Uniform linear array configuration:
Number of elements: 24
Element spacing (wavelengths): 0.5
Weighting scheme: exponential
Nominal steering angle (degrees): -30
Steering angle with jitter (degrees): -31.44
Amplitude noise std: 0.05
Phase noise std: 0.05

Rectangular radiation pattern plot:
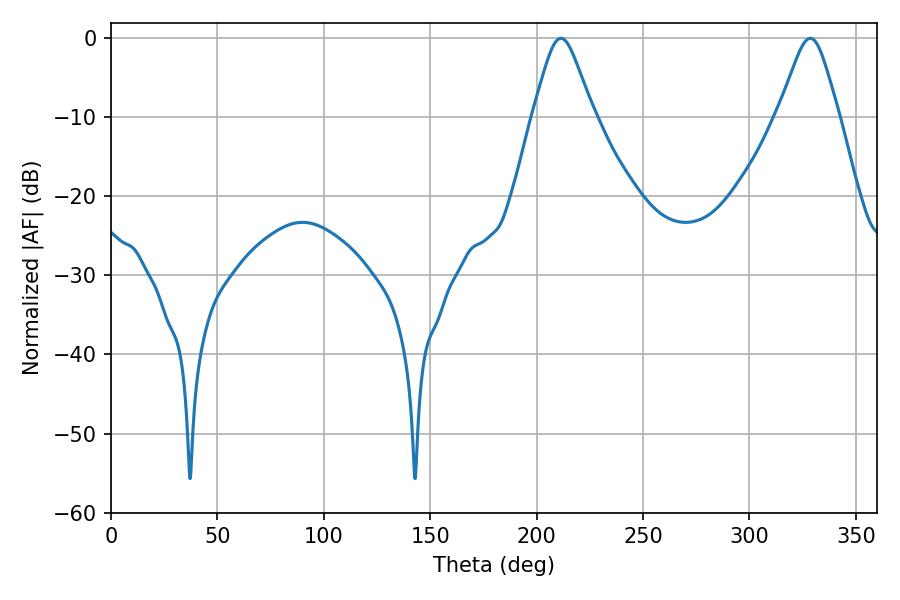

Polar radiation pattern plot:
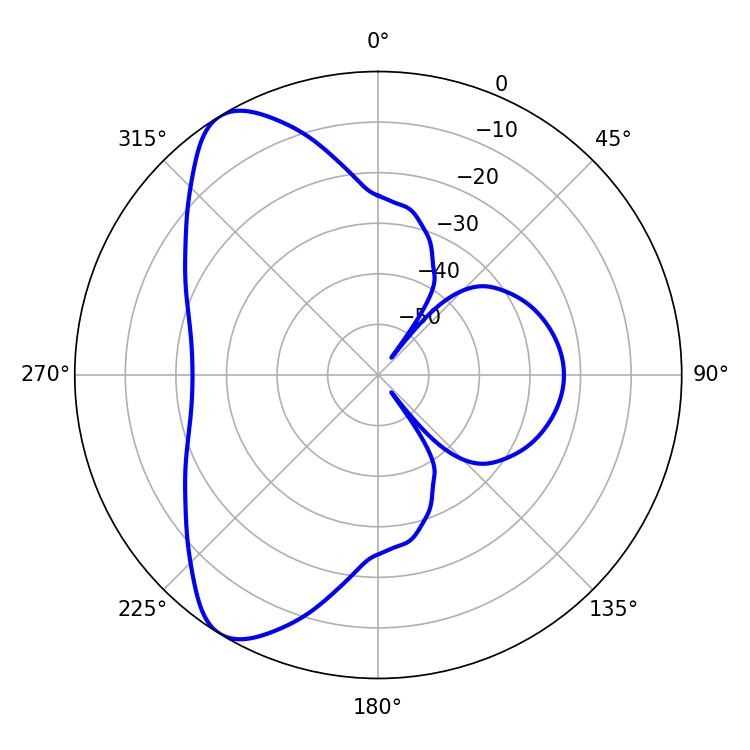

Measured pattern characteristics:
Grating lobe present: FALSE
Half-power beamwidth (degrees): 13.68
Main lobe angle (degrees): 211.32